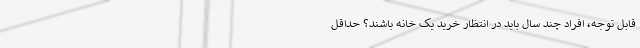
قابل توجه، افراد چند سال باید در انتظار خرید یک خانه باشند؟ حداقل